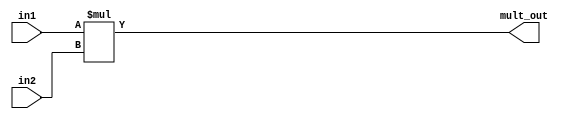
module mult_DSP #(parameter in1_width=6,parameter in2_width=6)(
    input [in1_width-1:0] in1,
    input [in2_width-1:0] in2,
    output reg [in1_width+in2_width-1:0] mult_out
    );
	
	 always @(*)begin
		mult_out = in1*in2 ;
	 end	 

endmodule